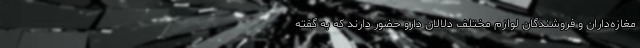
مغازه‌داران و فروشندگان لوازم مختلف دلالان دارو حضور دارند که به گفته